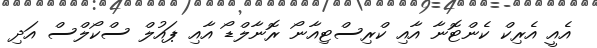
އެއީ އެރިކް ކެންޓޮނާ އާއި ކްރިސްޓިއާނޯ ރޮނާލްޑޯ އާއި ޕައުލް ސްކޯލްސް އަދި